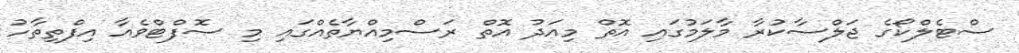
ސްޓެލްކޯގެ ޖަލްސާކުރާ މާލަމުގައި އޮތް މިއަދު އޮތް ރަސްމިއްޔާތެއްގައި މި ސޮފްޓްވެއާ އިފްތިތާހު